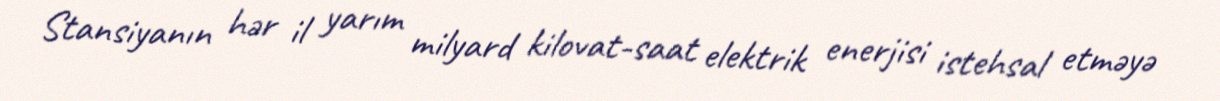
Stansiyanın hər il yarım milyard kilovat-saat elektrik enerjisi istehsal etməyə